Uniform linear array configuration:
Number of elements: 16
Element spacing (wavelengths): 1
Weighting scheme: cosine
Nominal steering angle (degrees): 45
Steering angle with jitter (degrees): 45.951
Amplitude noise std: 0.05
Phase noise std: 0.05

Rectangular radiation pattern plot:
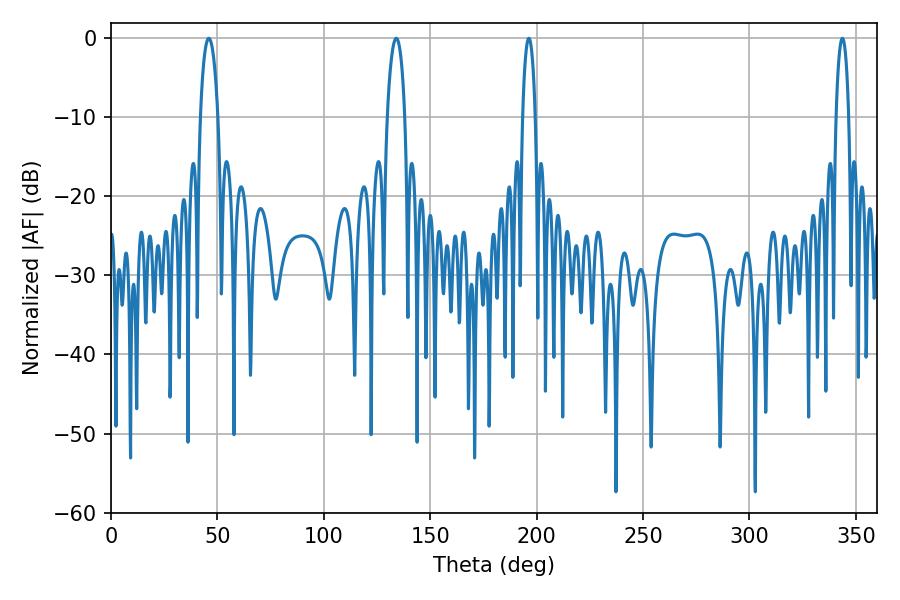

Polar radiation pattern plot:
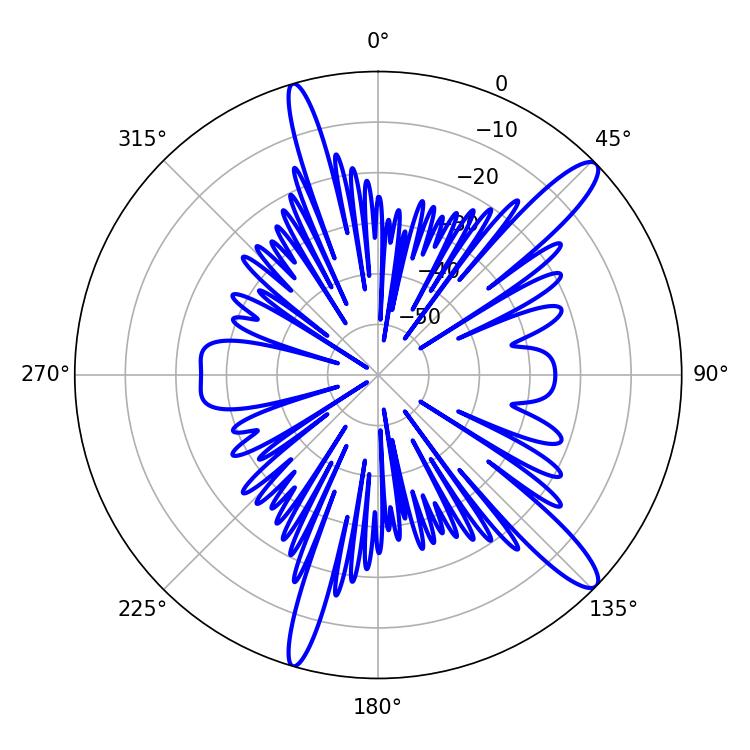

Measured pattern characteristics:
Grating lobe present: TRUE
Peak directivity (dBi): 13.283
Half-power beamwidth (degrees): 4.68
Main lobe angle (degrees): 45.9